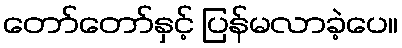
တော်တော်နှင့် ပြန်မလာခဲ့ပေ။